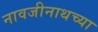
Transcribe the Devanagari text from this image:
नावजीनाथच्या